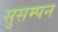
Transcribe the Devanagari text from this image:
सुसम्पन